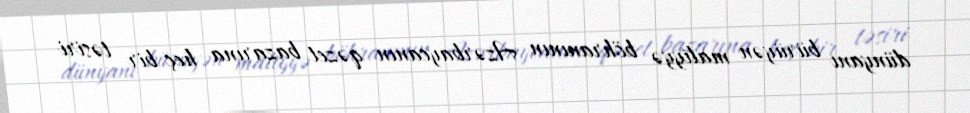
dünyanı bürüyən maliyyə böhranının Azərbaycanın qəzet bazarına heç bir təsiri